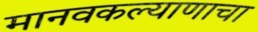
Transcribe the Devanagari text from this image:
मानवकल्याणाचा